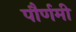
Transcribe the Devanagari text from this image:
पौर्णमी